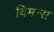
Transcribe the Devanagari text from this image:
विमन्स